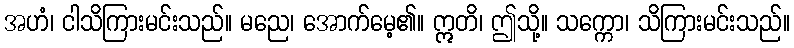
အဟံ၊ ငါသိကြားမင်းသည်။ မညေ၊ အောက်မေ့၏။ ဣတိ၊ ဤသို့။ သက္ကော၊ သိကြားမင်းသည်။